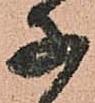
子